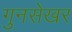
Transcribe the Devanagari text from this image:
गुनसेखर